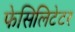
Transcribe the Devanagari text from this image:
फेसिलिटेटर